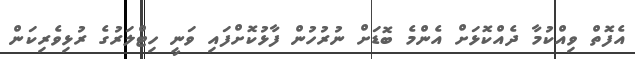
އެފޮތް ވިއްކުމާ ދެއްކޮޅަށް އެންމެ ބޮޑަށް ނުރުހުން ފާޅުކޮށްފައި ވަނީ ހިޓްލަރުގެ ރުޅިވެރިކަން